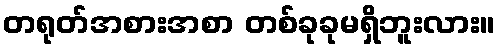
တရုတ်အစားအစာ တစ်ခုခုမရှိဘူးလား။